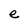
Character: e